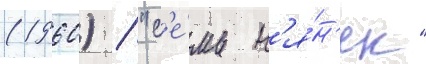
(1960) / "с'е́мь н'я́н'ек"